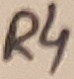
Text: R4